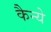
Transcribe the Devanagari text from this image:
कैन्ये